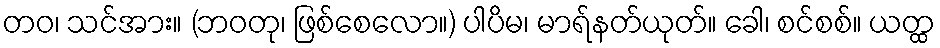
တဝ၊ သင်အား။ (ဘဝတု၊ ဖြစ်စေလော။) ပါပိမ၊ မာရ်နတ်ယုတ်။ ခေါ၊ စင်စစ်။ ယတ္ထ